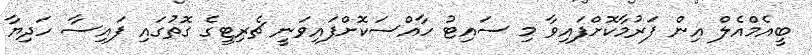
ބީއެމްއެލް އިން ފަރުމާކޮށްފައިވާ މި ސައިޓު ހާއްސަކޮށްފައިވަނީ ޗެރިޓީގެ ގޮތުގައި ފައިސާ ހަދިޔާ